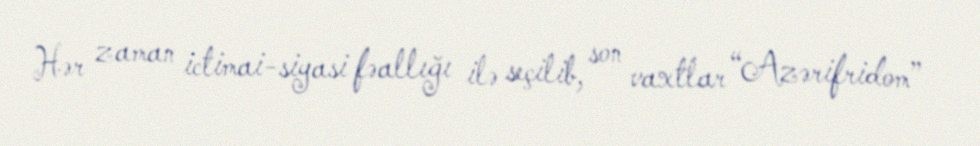
Hər zaman ictimai-siyasi fəallığı ilə seçilib, son vaxtlar “Azərifridom”